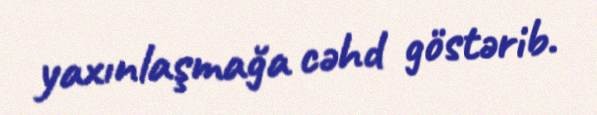
yaxınlaşmağa cəhd göstərib.